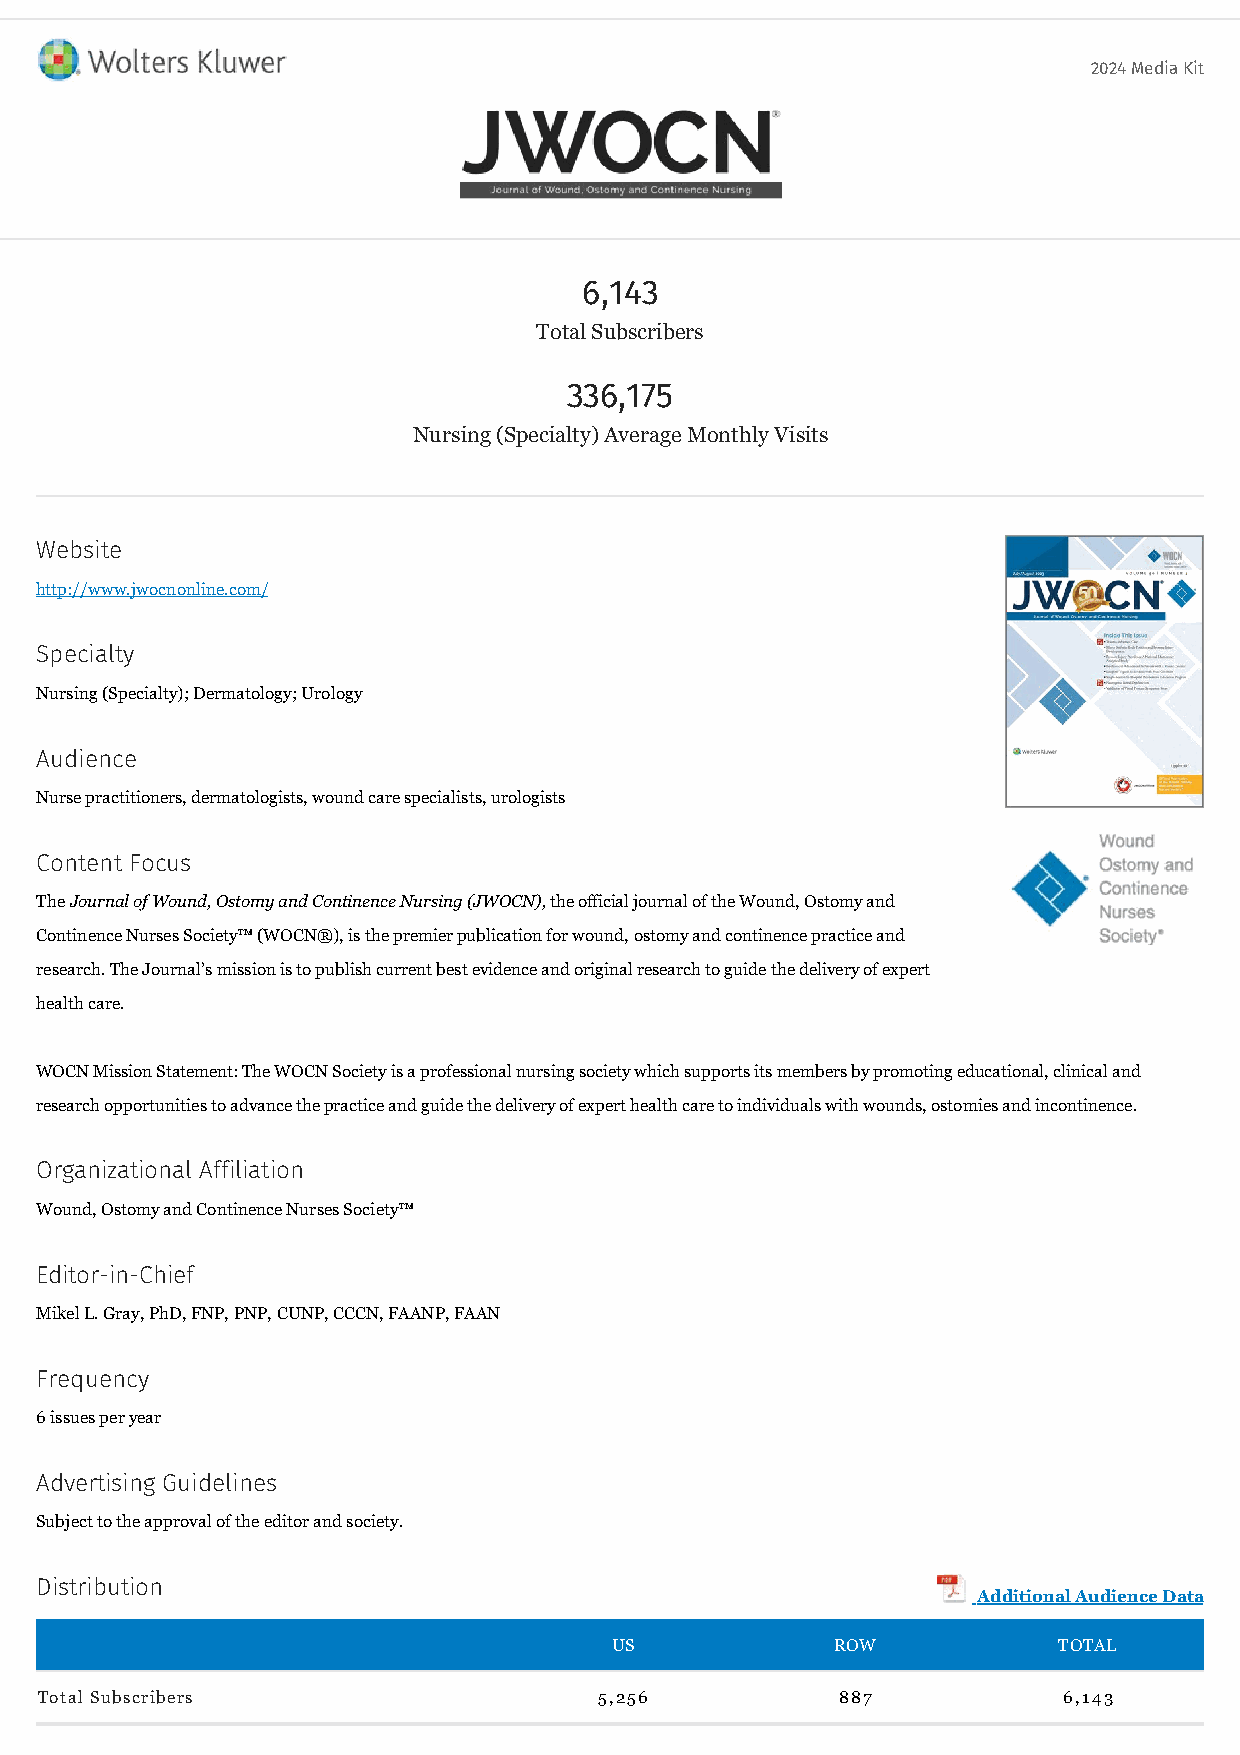
2024 Media Kit
 6,143
 Total Subscribers
 336,175
 Nursing (Specialty) Average Monthly Visits
 Website
 http://www.jwocnonline.com/
 Specialty
 Nursing (Specialty); Dermatology; Urology
 Audience
 Nurse practitioners, dermatologists, wound care specialists, urologists
 Content Focus
 The Journal of Wound, Ostomy and Continence Nursing (JWOCN), the official journal of the Wound, Ostomy and
 Continence Nurses Society™ (WOCN®), is the premier publication for wound, ostomy and continence practice and
 research. The Journal’s mission is to publish current best evidence and original research to guide the delivery of expert
 health care.
 WOCN Mission Statement: The WOCN Society is a professional nursing society which supports its members by promoting educational, clinical and
 research opportunities to advance the practice and guide the delivery of expert health care to individuals with wounds, ostomies and incontinence.
 Organizational Affiliation
 Wound, Ostomy and Continence Nurses Society™
 Editor-in-Chief
 Mikel L. Gray, PhD, FNP, PNP, CUNP, CCCN, FAANP, FAAN
 Frequency
 6 issues per year
 Advertising Guidelines
 Subject to the approval of the editor and society.
 Distribution
 Additional Audience Data
 US             ROW            TOTAL
 Total Subscribers                     5,256           887           6,143